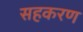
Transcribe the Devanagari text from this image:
सहकरण